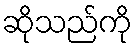
ဆိုသည်ကို